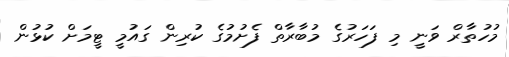
މުހުތާރް ވަނީ މި ފަހަރުގެ މުބާރާތް ފެށުމުގެ ކުރިން ގައުމީ ޓީމަށް ކުޅުން